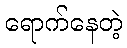
ရောက်နေတဲ့